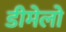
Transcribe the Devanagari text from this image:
डीमेलो